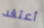
أعتقد